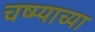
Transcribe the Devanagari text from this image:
चष्म्याच्या